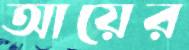
আয়ের